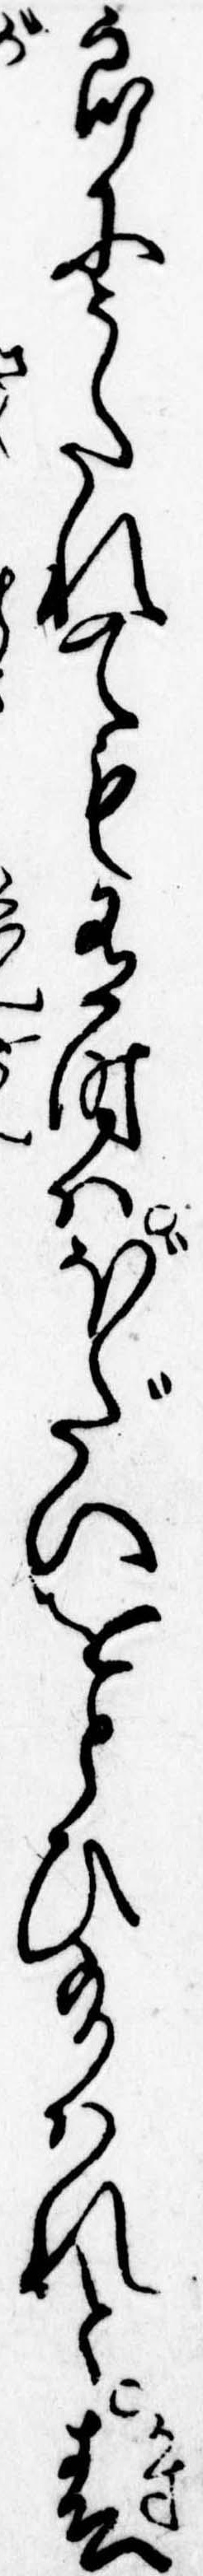
郎にうたれても有時はぼだいをとひ給はれと春